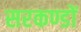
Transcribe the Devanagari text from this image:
सरकण्डों